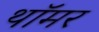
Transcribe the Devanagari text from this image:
थॉमर